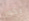
يكون